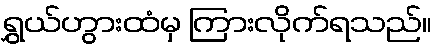
ရွှယ်ဟွားထံမှ ကြားလိုက်ရသည်။